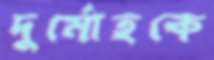
দুর্মোহকে